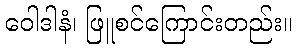
ဝေါဒါနံ၊ ဖြူစင်ကြောင်းတည်း။